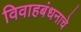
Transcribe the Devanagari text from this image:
विवाहबंधनाचे